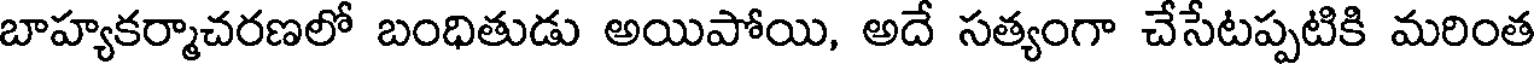
బాహ్యకర్మాచరణలో బంధితుడు అయిపోయి, అదే సత్యంగా చేసేటప్పటికి మరింత